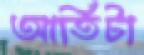
আর্তিটা